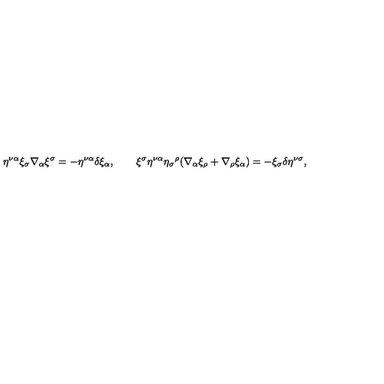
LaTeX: \eta ^ { \nu \alpha } \xi _ { \sigma } \nabla _ { \alpha } \xi ^ { \sigma } = - \eta ^ { \nu \alpha } \delta \xi _ { \alpha } , \qquad \xi ^ { \sigma } \eta ^ { \nu \alpha } \eta _ { \sigma } { ^ { \rho } } ( \nabla _ { \alpha } \xi _ { \rho } + \nabla _ { \rho } \xi _ { \alpha } ) = - \xi _ { \sigma } \delta \eta ^ { \nu \sigma } ,